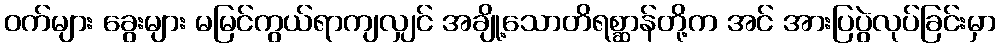
ဝက်များ ခွေးများ မမြင်ကွယ်ရာကျလျှင် အချို့သောတိရစ္ဆာန်တို့က အင် အားပြပွဲလုပ်ခြင်းမှာ